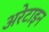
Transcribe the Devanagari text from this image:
अरेटाइन